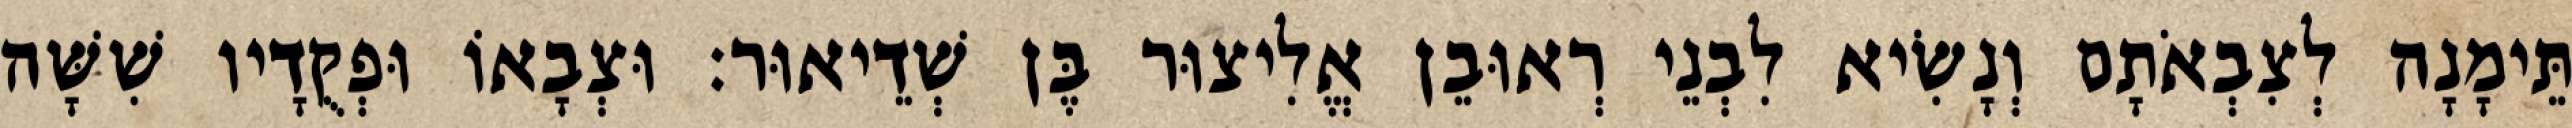
תֵּימָנָה לְצִבְאֹתָם וְנָשִׂיא לִבְנֵי רְאוּבֵן אֱלִיצוּר בֶּן שְׁדֵיאוּר׃ וּצְבָאוֹ וּפְקֻדָיו שִׁשָּׁה